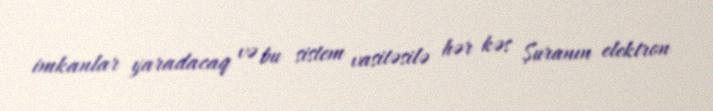
imkanlar yaradacaq və bu sistem vasitəsilə hər kəs Şuranın elektron